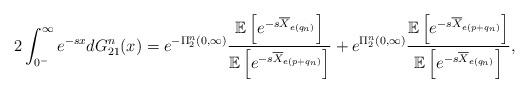
LaTeX: \begin{align*}2\int_{0^-}^{\infty}e^{-s x}dG^n_{21}(x)=e^{-\Pi^n_2(0,\infty)}\frac{\mathbb E\left[e^{-s\overline{X}_{e(q_n)}}\right]}{\mathbb E\left[e^{-s\overline{X}_{e(p+q_n)}}\right]}+e^{\Pi^n_2(0,\infty)}\frac{\mathbb E\left[e^{-s\overline{X}_{e(p+q_n)}}\right]}{\mathbb E\left[e^{-s\overline{X}_{e(q_n)}}\right]},\end{align*}